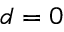
d = 0